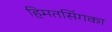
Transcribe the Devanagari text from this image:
हिमतसिंगका